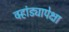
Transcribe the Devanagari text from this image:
वर्‍हांड्यापेक्षा